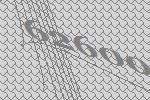
62600